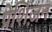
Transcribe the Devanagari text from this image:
प्रेशिज़न